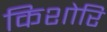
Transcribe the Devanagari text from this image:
किशोरि